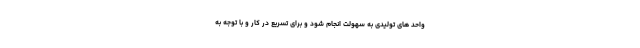
واحد های تولیدی به سهولت انجام شود و برای تسریع در کار و با توجه به